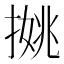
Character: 𢱐